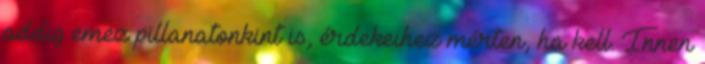
addig emez pillanatonkint is, érdekeihez mérten, ha kell. Innen